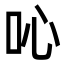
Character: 吣